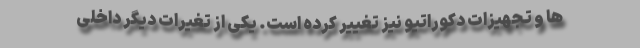
ها و تجهیزات دکوراتیو نیز تغییر کرده است. یکی از تغیرات دیگر داخلی